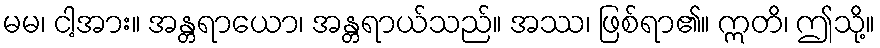
မမ၊ ငါ့အား။ အန္တရာယော၊ အန္တရာယ်သည်။ အဿ၊ ဖြစ်ရာ၏။ ဣတိ၊ ဤသို့။